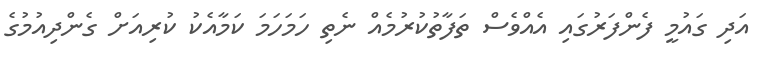
އަދި ގައުމީ ފެންފަރުގައި އެއްވެސް ތަފާތުކުރުމެއް ނެތި ހަމަހަމަ ކަމާއެކު ކުރިއަށް ގެންދިއުމުގެ